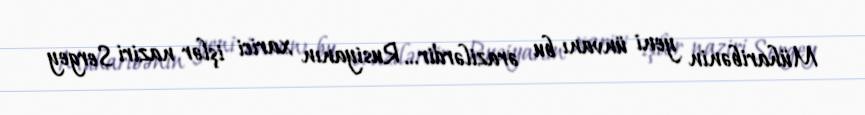
Müharibənin yeni ünvanı bu ərazilərdir… Rusiyanın xarici işlər naziri Sergey